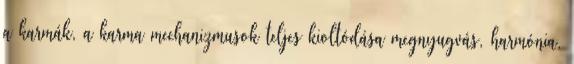
a karmák, a karma mechanizmusok teljes kioltódása megnyugvás, harmónia,